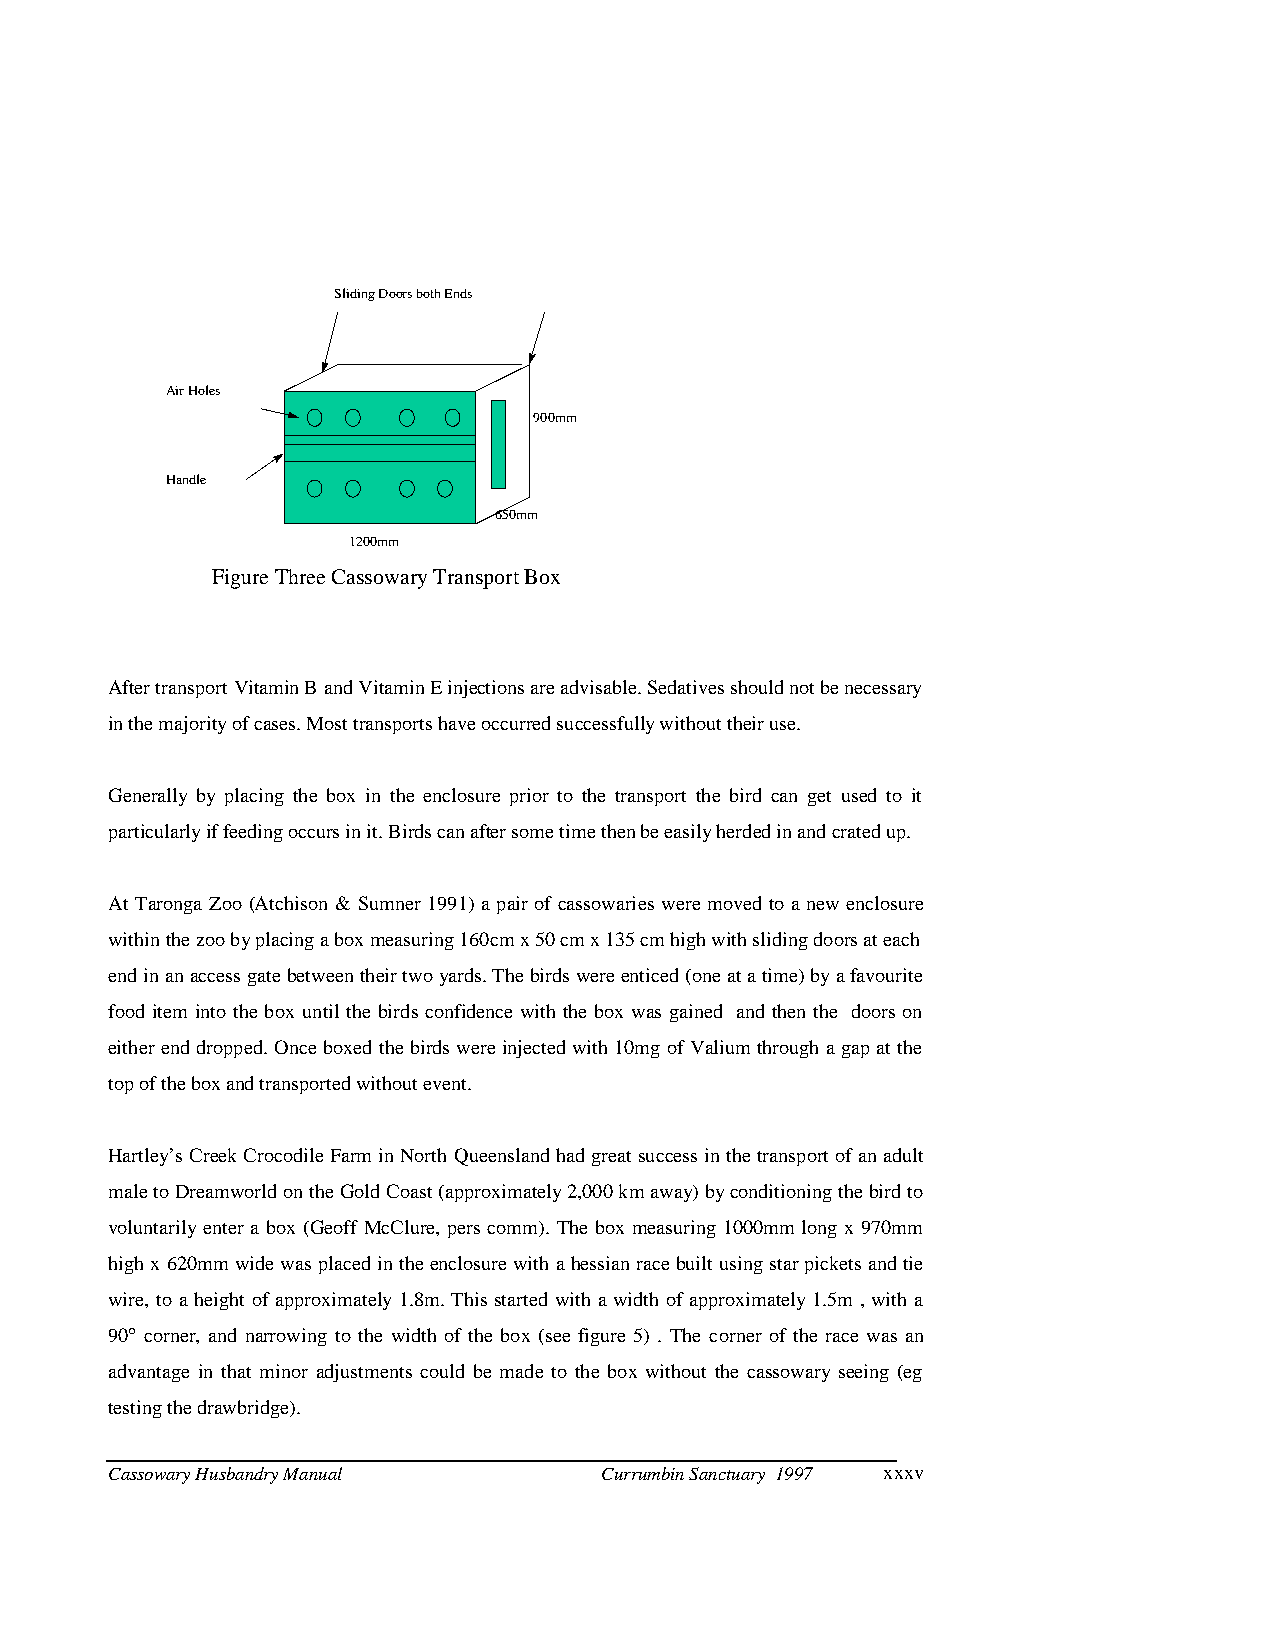
Sliding Doors both Ends
 Air Holes
 900mm
 Handle
 650mm
 1200mm
 Figure Three Cassowary Transport Box
 After transport Vitamin B and Vitamin E injections are advisable. Sedatives should not be necessary
 in the majority of cases. Most transports have occurred successfully without their use.
 Generally by placing the box in the enclosure prior to the transport the bird can get used to it
 particularly if feeding occurs in it. Birds can after some time then be easily herded in and crated up.
 At Taronga Zoo (Atchison & Sumner 1991) a pair of cassowari es were moved to a new enclosure
 within the zoo by placing a box measuring 160cm x 50 cm x 135 cm high with sliding doors at each
 end in an access gate between their two yards. The birds were enticed (one at a time) by a favourite
 food item into the box un til the birds confidence with the box was gained and then the doors on
 either end dropped. Once boxed the birds were injected with 10mg of Valium through a gap at the
 top of the box and transported without event.
 Hartley“s Creek Crocodile Farm in North Queensland had great success in the transport of an adult
 male to Dreamworld on the Gold Coast (approximately 2,000 km away) by conditioning the bird to
 voluntarily enter a box (Geoff McClure, pers comm). The box measuring 1000mm long x 970mm
 high x 620mm wide was placed in the enclosure with a hessian race built using star pickets and tie
 wire, to a height of approximately 1.8m. This started with a width of approximately 1.5m , with a
 90 corner, and narrowing to the width of the box (see figure 5) . The c orner of the race was an
 advantage in that minor adjustments could be made to the box without the cassowary seeing (eg
 testing the drawbridge).
 Cassowary Husbandry Manual       Currumbin Sanctuary 1997 xxxv